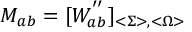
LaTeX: M _ { a b } = [ W _ { a b } ^ { ^ { \prime \prime } } ] _ { < \Sigma > , < \Omega > }